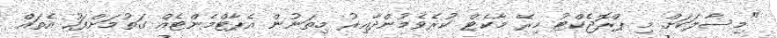
"މިސާލަކަށް މި ޕްރޮޖެކްޓު މިރޭ މާކެޓް ކުރެވެމުންދާއިރު މިތަނުން އެޕާޓްމެންޓެއް ގަތުމަށްފަހު އެތައް